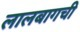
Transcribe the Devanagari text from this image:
लालबागची